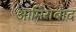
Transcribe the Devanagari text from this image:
आमिराबाद